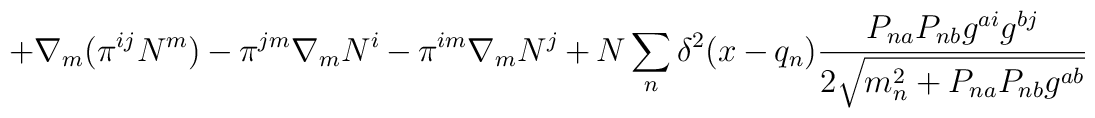
+ \nabla_m(\pi^{ij}N^m) -\pi^{jm}\nabla_m N^i -\pi^{im}\nabla_m N^j+N \sum_n \delta^2(x - q_n)\frac{P_{na}P_{nb}g^{ai}g^{bj}}{2\sqrt{m_n^2+P_{na}P_{nb} g^{ab}}}